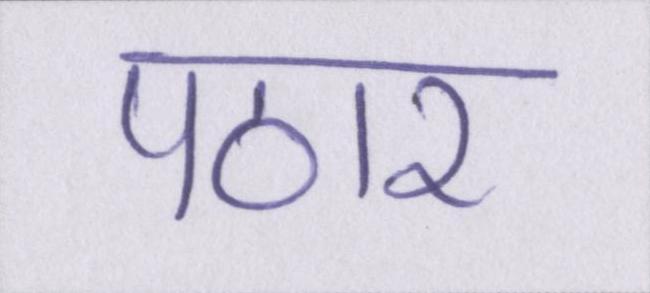
पठार